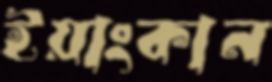
ইয়াংকান